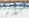
الحرس